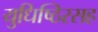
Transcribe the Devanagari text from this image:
युधिष्ठिरसह